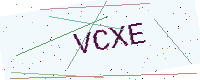
Text: VCXE